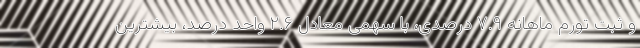
و ثبت تورم ماهانه ۷.۹ درصدی، با سهمی معادل ۲.۶ واحد درصد، بیشترین